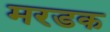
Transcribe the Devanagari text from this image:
मरडक